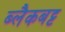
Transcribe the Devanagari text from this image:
ब्लैकबट्ट